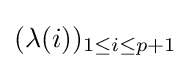
(\lambda (i))_{1\leq i\leq p+1}